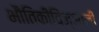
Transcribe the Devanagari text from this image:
भौतिकीविज्ञानी